Trukikaitis_Postimees, lk 51
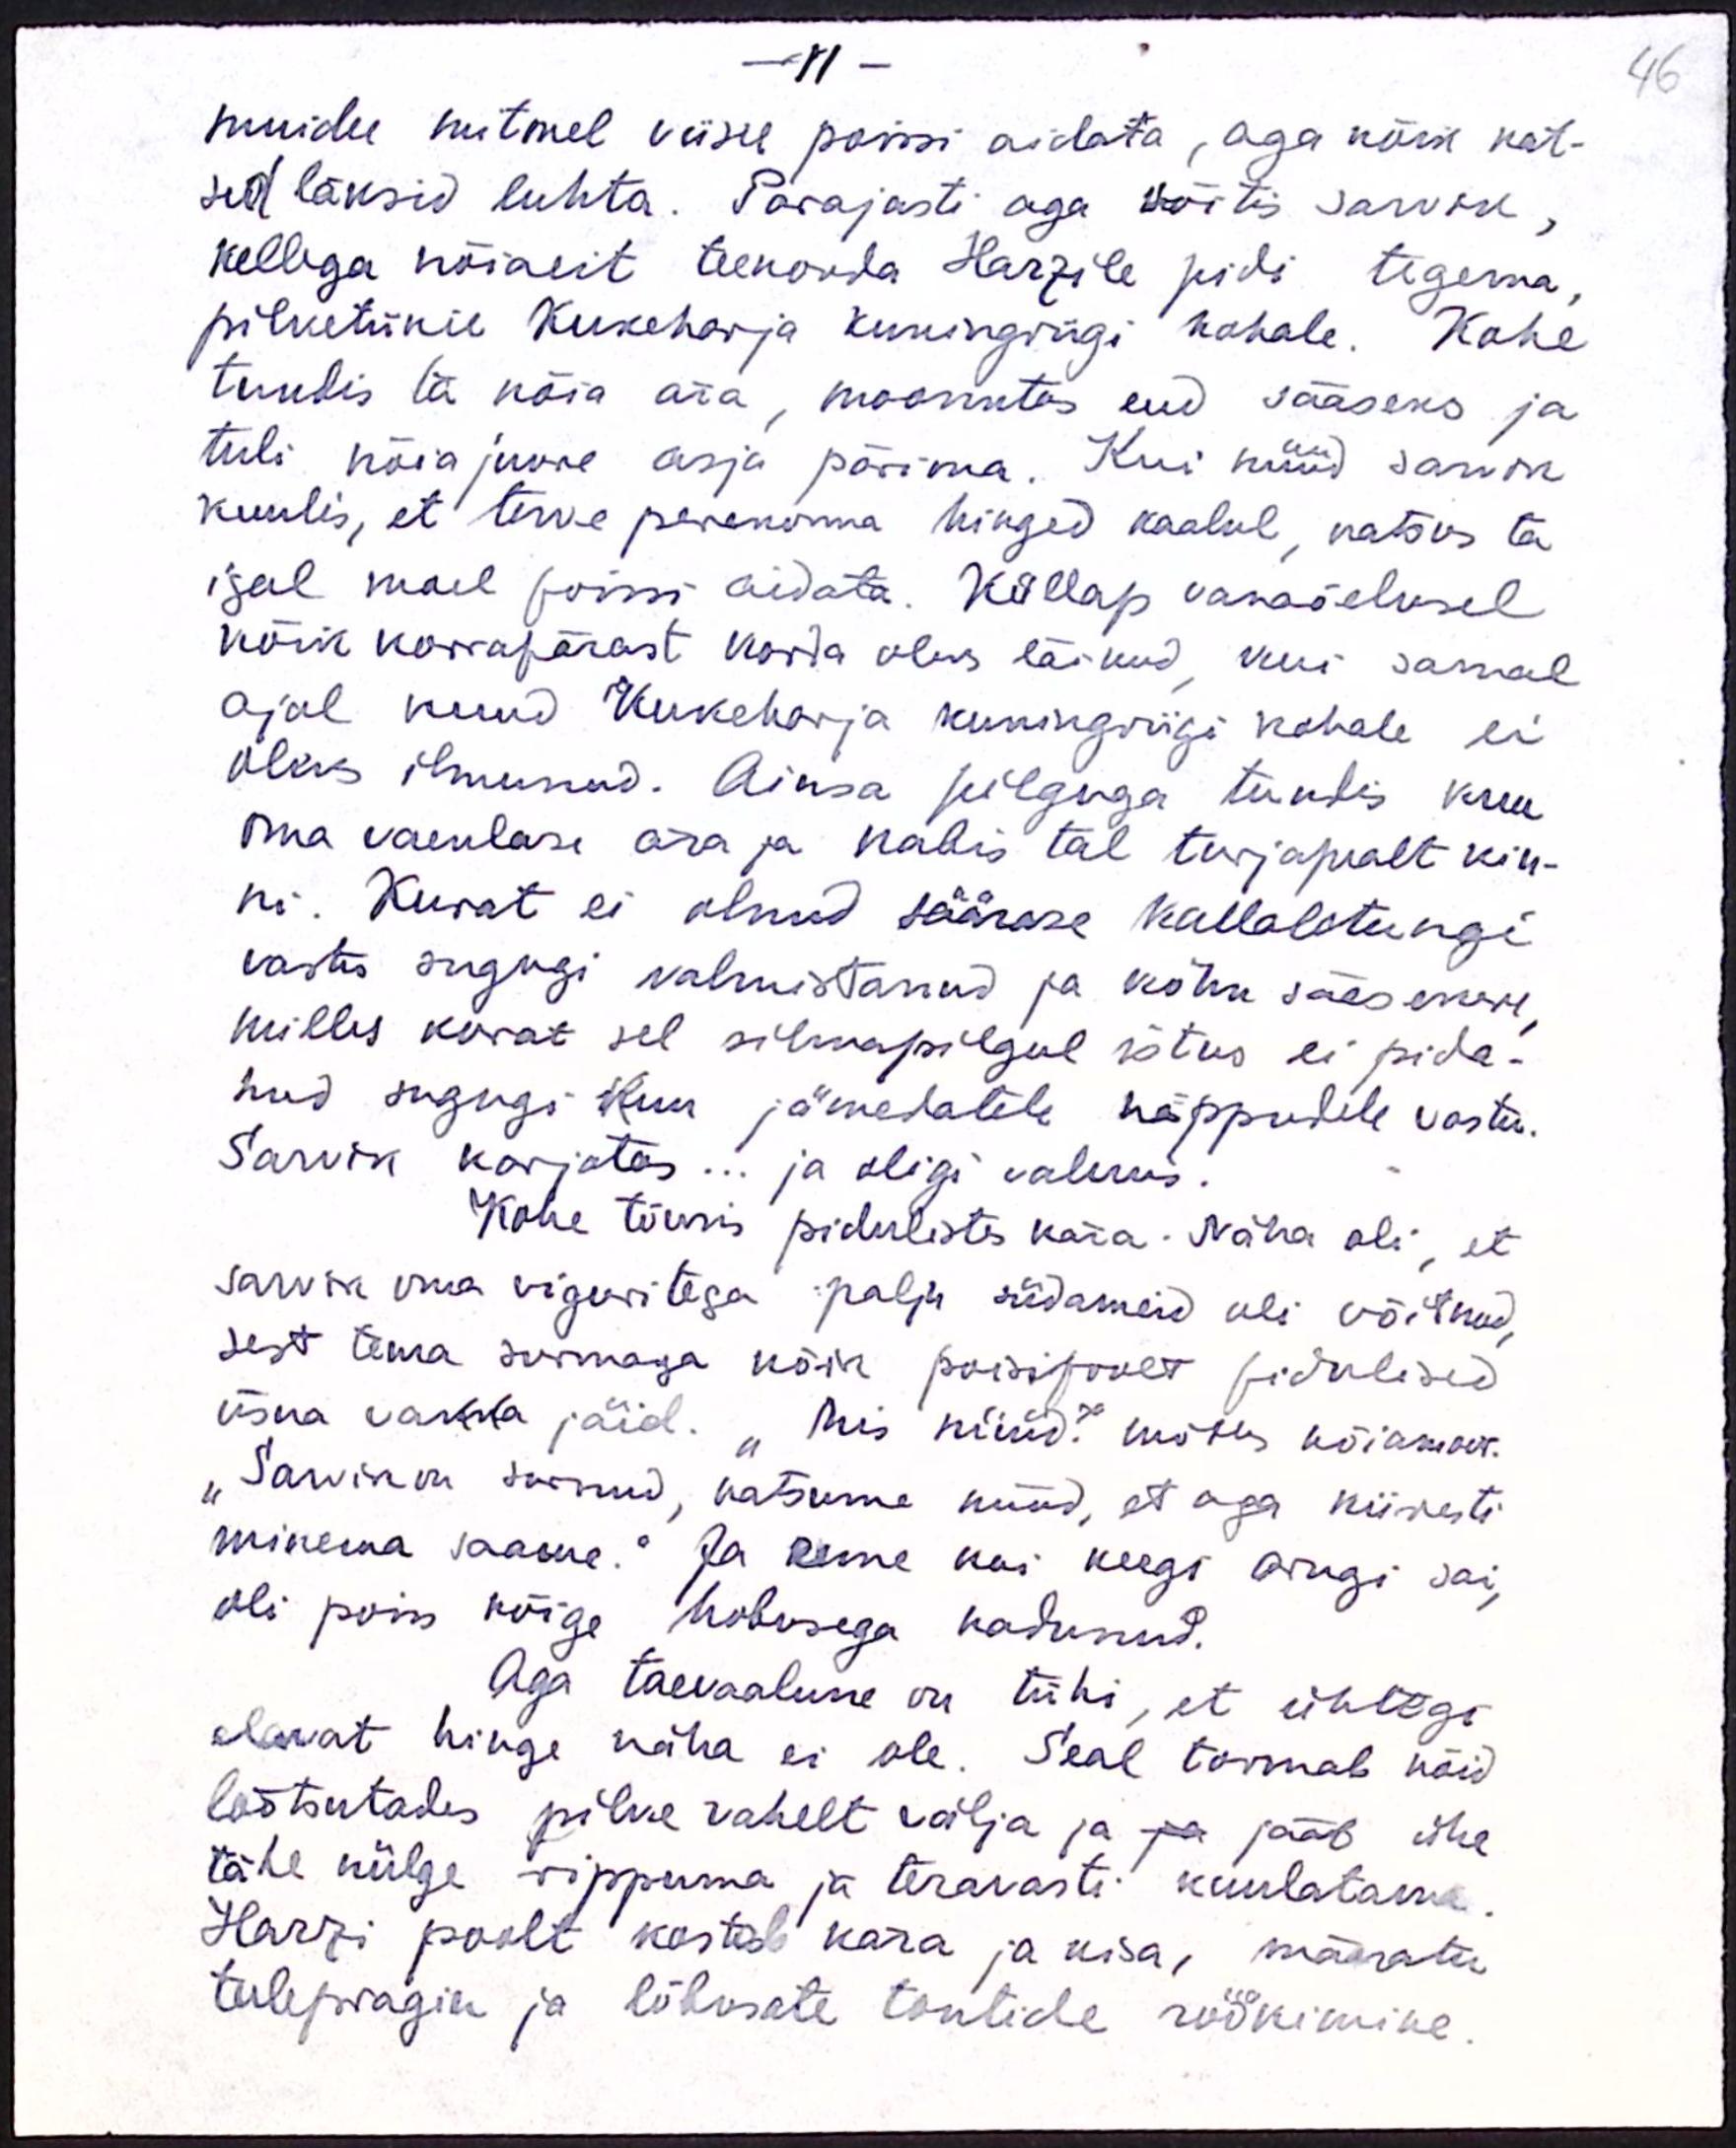
VI
muidu mitmel viisel poissi aidata, aga kõik kat-
sed läksid luhta. Parajasti aga sõitis sarvik,
kellega nõiaeit teekonda Harzile pidi tegema.
pilvetükil Kukeharja kuningriigi kohale. Kohe
tundis ta nõia ära, moonutas end sääseks ja
tuli nõia juure asja pärima. Kui nüüd sarvik
kuulis, et terve perekonna hinged kaalul, katsus ta
igal moel poissi aidata. Küllap vanaõelusel
kõik korrapärast korda oleks läinud, kui samal
ajal kuud Kukeharja kuningriigi kohale ei
oleks ilmunud. Ainsa pilguga tundis kuu-
oma vaenlase ära ja nabis tal turjapealt kin-
ni. Kurat ei olnud säärase kallaletungi
vastu sugugi valmistanud ja kõhn sääsekene,
milles kurat sel silmapilgul istus ei pida-
nud sugugi kuu jämedatele näppudele vastu.
Sarvik karjatas... ja oligi valmis.
Kohe tõusis piduliste kära. Näha oli, et
sarvik oma viguritega palju südameid oli võitnud,
sest tema surmaga kõik poisipoolt pidulised
üsna vakka jäid. "Mis nüüd?" mõtles nõiamoor.
"Sarvik on surnud, katsume nüüd, et aga kiiresti
minema saame." Ja enne kui keegi arugi sai,
oli poiss kõige hobusega kadunud.
Aga taevaalune on tühi, et ühtegi
elavat hinge näha ei ole. Seal toomab nõid
lõõtsutades pilve vahelt välja ja jääb ühe
tähe külge rippuma ja teravasti kuulatama
Harzi poolt kostab kära ja kisa, määratu
tulepragin ja lõbusate tontide röökimine.

46